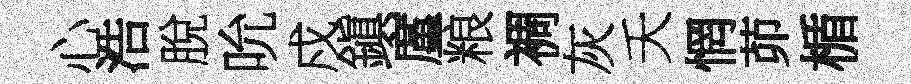
心浩脫吮戍鎭廑粮裯灰夭惘茆楯